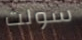
سولت